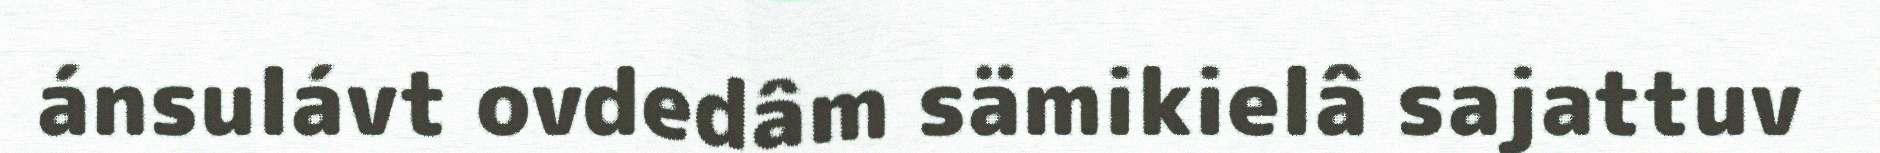
ánsulávt ovdedâm sämikielâ sajattuv